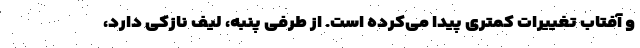
و آفتاب تغییرات کمتری پیدا می‌کرده است. از طرفی پنبه، لیف نازکی دارد،